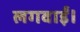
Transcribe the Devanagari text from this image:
लगवाईं।